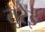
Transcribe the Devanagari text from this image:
तुरेई